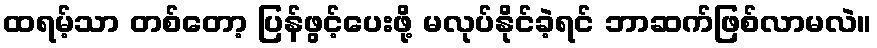
ထရမ့်သာ တစ်တော့ ပြန်ဖွင့်ပေးဖို့ မလုပ်နိုင်ခဲ့ရင် ဘာဆက်ဖြစ်လာမလဲ။